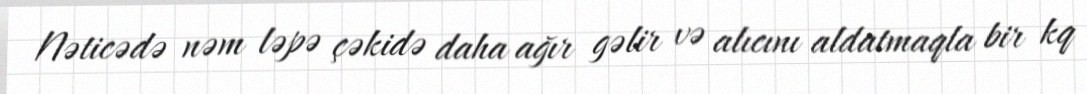
Nəticədə nəm ləpə çəkidə daha ağır gəlir və alıcını aldatmaqla bir kq